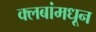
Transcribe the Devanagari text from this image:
क्लबांमधून